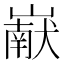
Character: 𰎹